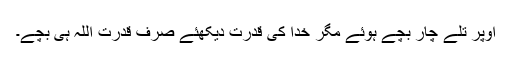
اوپر تلے چار بچے ہوئے مگر خدا کی قدرت دیکھئے صرف قدرت اللہ ہی بچے۔